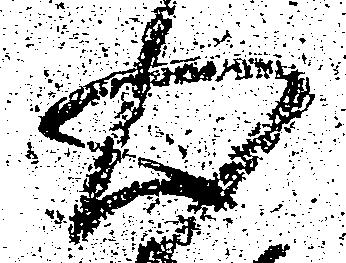
心